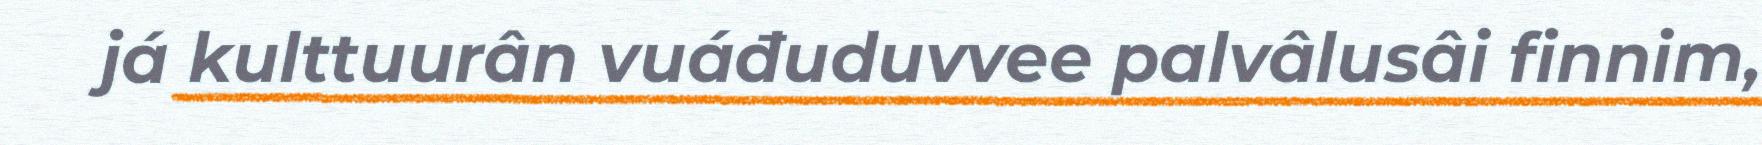
já kulttuurân vuáđuduvvee palvâlusâi finnim,